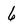
Character: 6